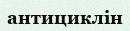
антициклін